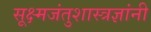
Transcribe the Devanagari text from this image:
सूक्ष्मजंतुशास्त्रज्ञांनी